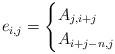
LaTeX: \begin{align*}e_{i,j}=\begin{cases}A_{j,i+j} & \\A_{i+j-n,j} & \end{cases}\end{align*}